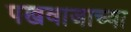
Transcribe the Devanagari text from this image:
पखवाजाच्या